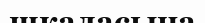
шкаласына